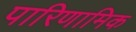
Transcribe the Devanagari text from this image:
पारिणामिक